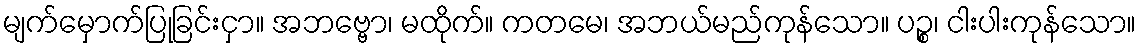
မျက်မှောက်ပြုခြင်းငှာ။ အဘဗ္ဗော၊ မထိုက်။ ကတမေ၊ အဘယ်မည်ကုန်သော။ ပဉ္စ၊ ငါးပါးကုန်သော။